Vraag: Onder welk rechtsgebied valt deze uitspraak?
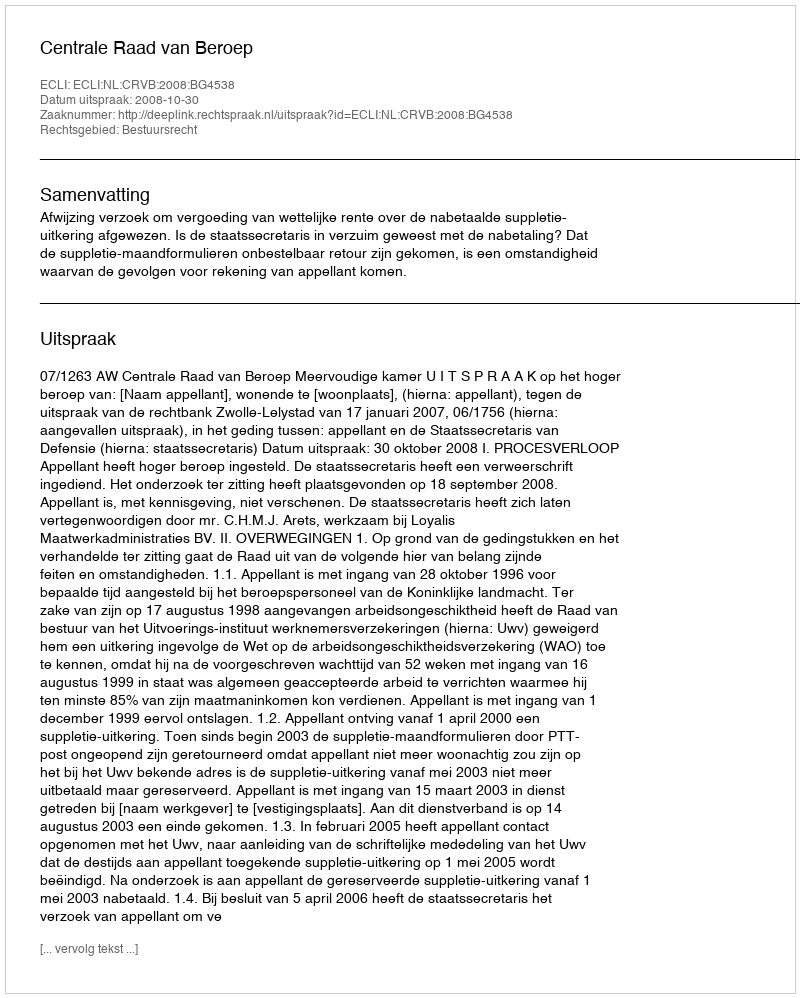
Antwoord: Bestuursrecht